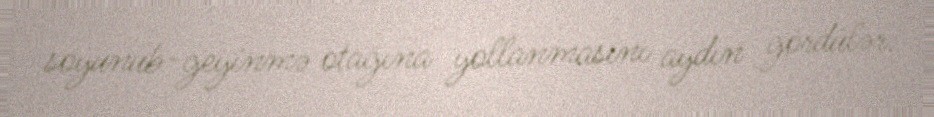
soyunub-geyinmə otağına yollanmasını aydın gördülər.